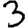
Digit: 3